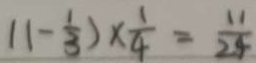
( 1 - \frac { 1 } { 3 } ) \times \frac { 1 } { 4 } = \frac { 1 1 } { 2 4 }